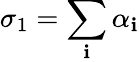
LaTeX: \sigma_{1}=\sum_{\mathbf{i}}\alpha_{\mathbf{i}}